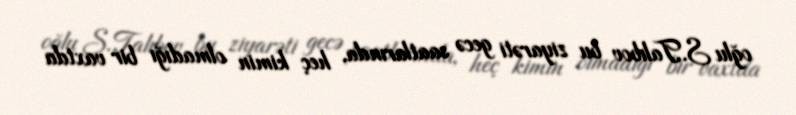
oğlu S.Talıbov bu ziyarəti gecə saatlarında, heç kimin olmadığı bir vaxtda